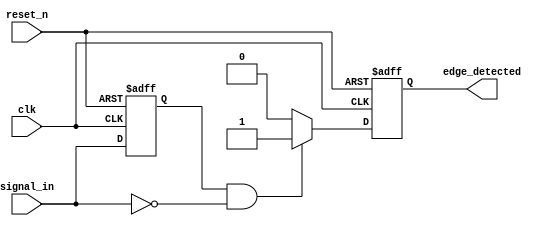
module negative_edge_detector (
    input wire clk,             // Clock signal
    input wire reset_n,         // Active-low asynchronous reset
    input wire signal_in,       // Input signal to detect negative edges
    output reg edge_detected     // Output signal indicating a negative edge
);

// D flip-flop to store the previous state of signal_in
reg signal_in_prev;

always @(posedge clk or negedge reset_n) begin
    if (!reset_n) begin
        // Asynchronous reset
        signal_in_prev <= 1'b0;
        edge_detected <= 1'b0;
    end else begin
        // Store the current state of signal_in at the rising edge of the clock
        signal_in_prev <= signal_in;
        
        // Detect negative edge
        if (signal_in_prev == 1'b1 && signal_in == 1'b0) begin
            edge_detected <= 1'b1;  // Negative edge detected
        end else begin
            edge_detected <= 1'b0;  // No negative edge detected
        end
    end
end

endmodule